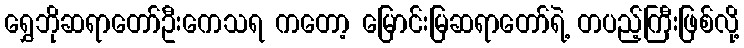
ရွှေဘိုဆရာတော်ဦးကေသရ ကတော့ မြောင်းမြဆရာတော်ရဲ့ တပည့်ကြီးဖြစ်လို့